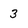
Character: 3